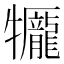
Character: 𤜎